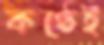
কণ্ঠেই